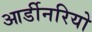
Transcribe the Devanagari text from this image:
आर्डीनरियो